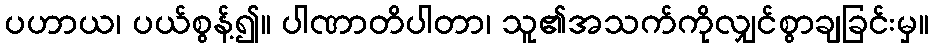
ပဟာယ၊ ပယ်စွန့်၍။ ပါဏာတိပါတာ၊ သူ၏အသက်ကိုလျှင်စွာချခြင်းမှ။